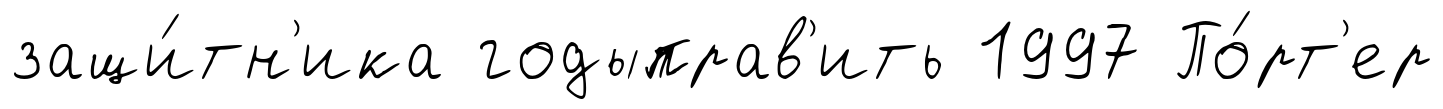
защи́тн'ика годыправ'ить 1997 По́рт'ер